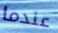
عندما